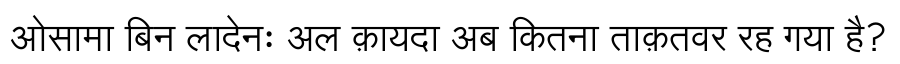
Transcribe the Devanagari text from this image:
ओसामा बिन लादेनः अल क़ायदा अब कितना ताक़तवर रह गया है?